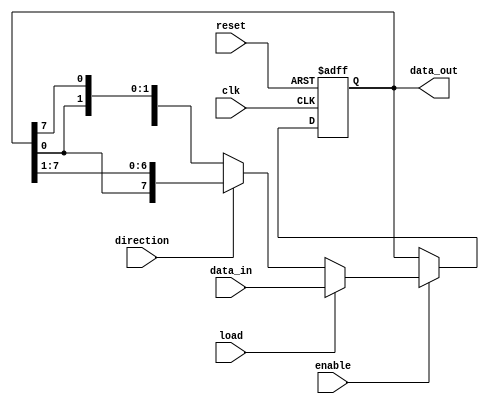
module UniversalShiftRegister (
  input wire clk,
  input wire reset,
  input wire enable,
  input wire direction,
  input wire load,
  input wire [7:0] data_in,
  output wire [7:0] data_out
  );

  reg [7:0] shift_reg;

  always @ (posedge clk or posedge reset) begin
    if (reset) begin
      shift_reg <= 8'b0;
    end else begin
      if (enable) begin
        if (load) begin
          shift_reg <= data_in;
        end else begin
          if (direction) begin
            shift_reg <= {shift_reg[0], shift_reg[7:1]};
          end else begin
            shift_reg <= {shift_reg[6:0], shift_reg[7]};
          end
        end
      end
    end
  end

  assign data_out = shift_reg;

endmodule